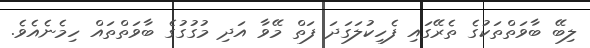
ލިބޭ ބާވަތްތަކުގެ ތެރޭގައި ފެހިކުލަގަދަ ފަތް މޭވާ އަދި މުގުގުގެ ބާވަތްތައް ހިމެނެއެވެ.